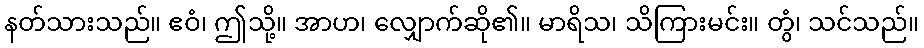
နတ်သားသည်။ ဧဝံ၊ ဤသို့။ အာဟ၊ လျှောက်ဆို၏။ မာရိသ၊ သိကြားမင်း။ တွံ၊ သင်သည်။